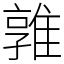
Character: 𨿡